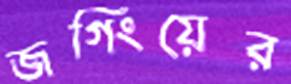
জগিংয়ের